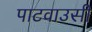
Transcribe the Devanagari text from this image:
पाटवाउसी